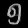
Digit: ၅